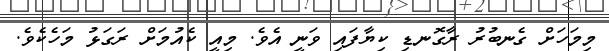
މިމަހަށް ގެނބުރު ރާގޮނޑި ކިޔާފައި ވަނީ އެވެ. މިއީ ކެއުމަށް ރަގަޅު މަހެކެވެ.